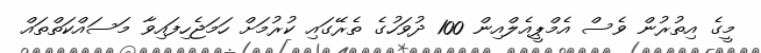
މީގެ އިތުރުން ވެސް އެމްޕީއެލްއިން 100 ދުވަހުގެ ތެރޭގައި ކުރުމަށް ހަމަޖެހިފައިވާ މަސައްކަތްތައް